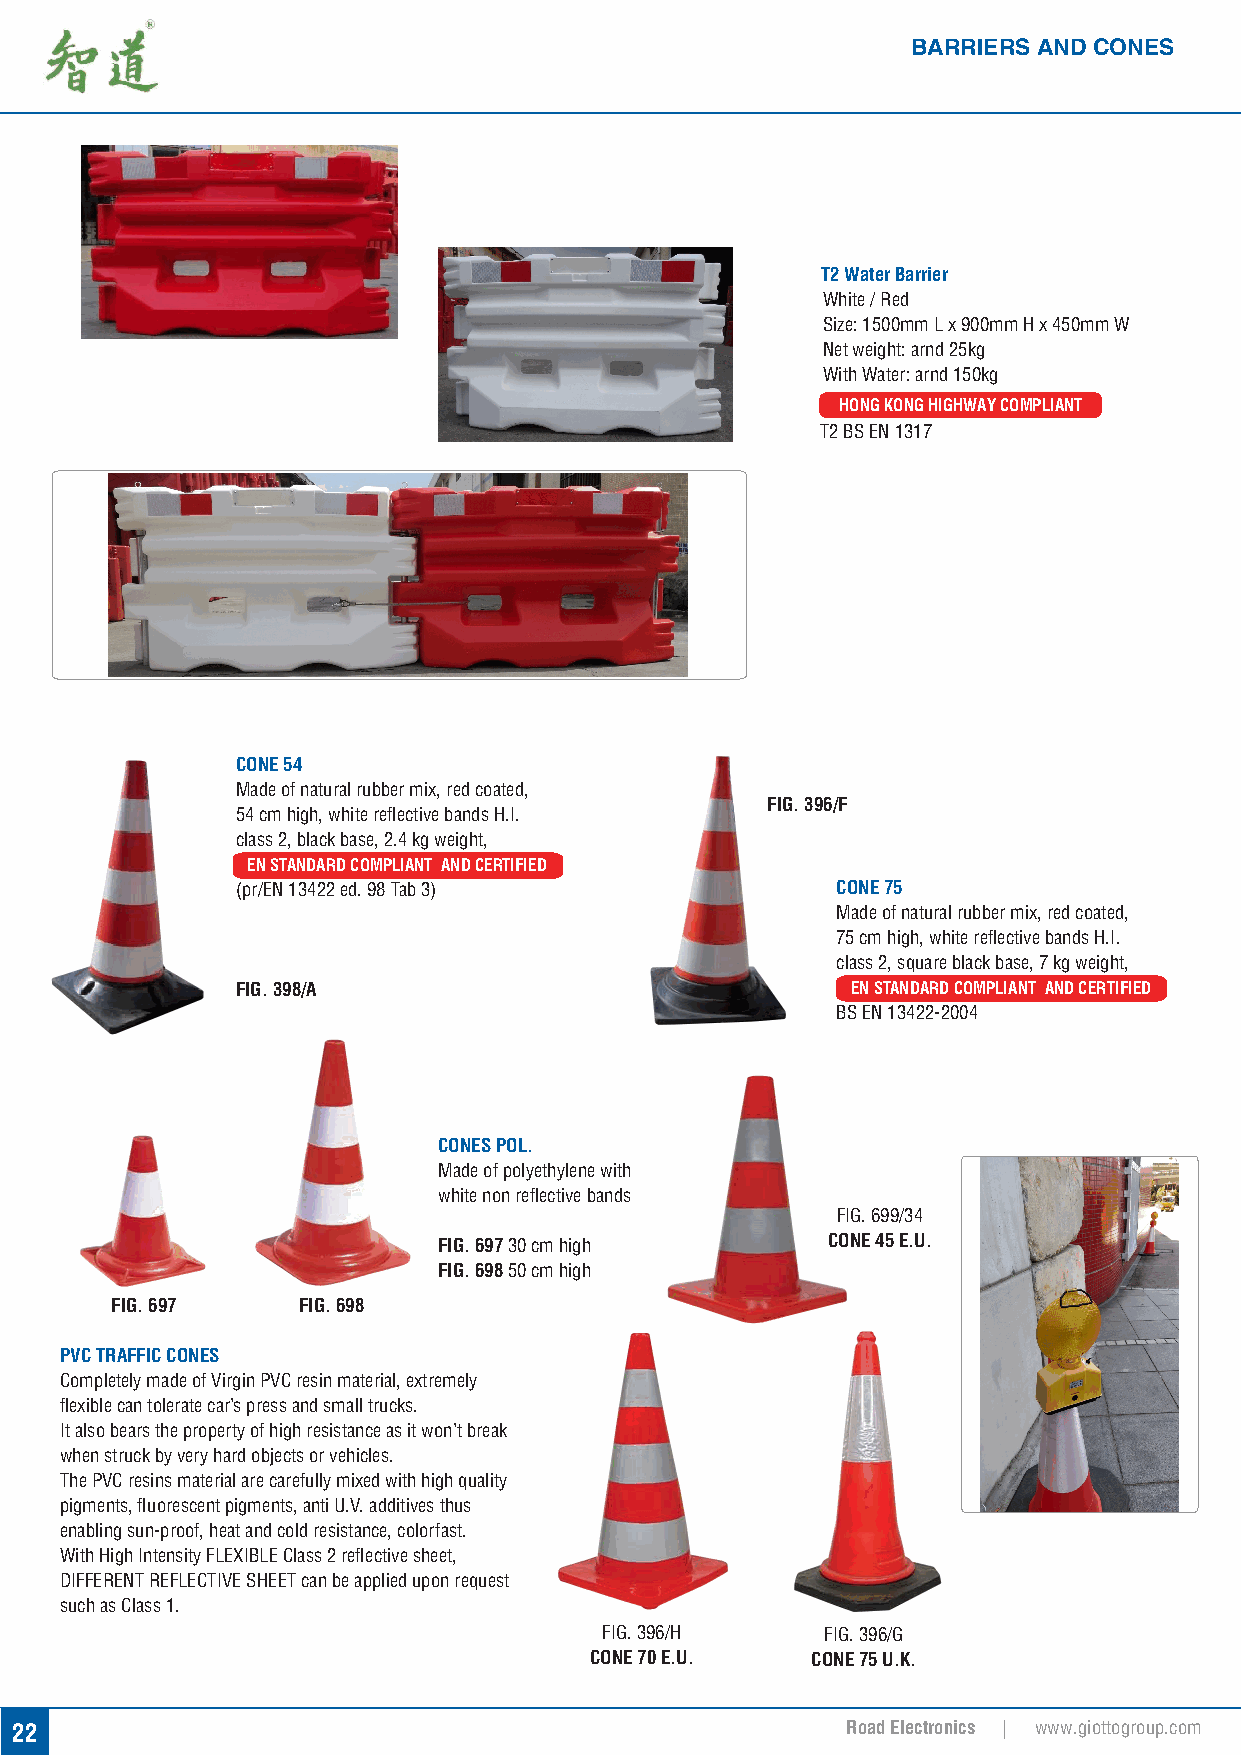
BARRIERS AND CONES
 T2 Water Barrier
 White / Red
 Size: 1500mm L x 900mm H x 450mm W
 Net weight: arnd 25kg
 With Water: arnd 150kg
 HONG KONG HIGHWAY COMPLIANT
 T2 BS EN 1317
 CONE 54
 Made of natural rubber mix, red coated,
 FIG. 396/F
 54 cm high, white refl ective bands H.I.
 class 2, black base, 2.4 kg weight,
 EN STANDARD COMPLIANT AND CERTIFIED
 (pr/EN 13422 ed. 98 Tab 3)             CONE 75          TIFIED
 Made of natural rubber mix, red coated,
 75 cm high, white refl ective bands H.I.
 class 2, square black base, 7 kg weight,
 FIG. 398/A                              EN STANDARD COMPLIANT AND CERTIFIED
 BS EN 13422-2004
 CONES POL.
 Made of polyethylene with
 white non refl ective bands
 FIG. 699/34
 FIG. 697 30 cm high       CONE 45 E.U.
 FIG. 698 50 cm high
 FIG. 697     FIG. 698
 PVC TRAFFIC CONES
 Completely made of Virgin PVC resin material, extremely
 fl exible can tolerate car’s press and small trucks.
 It also bears the property of high resistance as it won’t break
 when struck by very hard objects or vehicles.
 The PVC resins material are carefully mixed with high quality
 pigments, fl uorescent pigments, anti U.V. additives thus
 enabling sun-proof, heat and cold resistance, colorfast.
 With High Intensity FLEXIBLE Class 2 refl ective sheet,
 DIFFERENT REFLECTIVE SHEET can be applied upon request
 such as Class 1.
 FIG. 396/H     FIG. 396/G
 CONE 70 E.U.   CONE 75 U.K.
 22                                                     Road Electronics | www.giottogroup.com